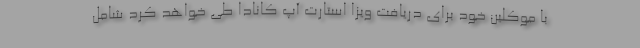
با موکلین خود برای دریافت ویزا استارت آپ کانادا طی خواهد کرد شامل